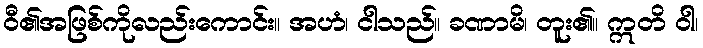
ဝီ၏အဖြစ်ကိုလည်းကောင်း။ အဟံ၊ ငါသည်။ ခဏာမိ၊ တူး၏။ ဣတိ ဝါ၊